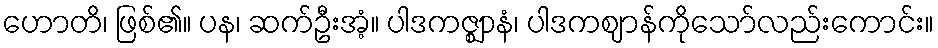
ဟောတိ၊ ဖြစ်၏။ ပန၊ ဆက်ဦးအံ့။ ပါဒကဇ္ဈာနံ၊ ပါဒကဈာန်ကိုသော်လည်းကောင်း။